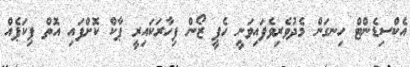
އެކްސިޑެންޓް ހިނގަން މެދުވެރިވެފައިވަނީ ހެޕީ ޒޯން ފިހާރަކައިރީ ޕާކް ކޮށްފައި އޮތް ޕިކަޕެއް